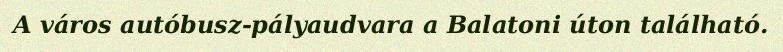
A város autóbusz-pályaudvara a Balatoni úton található.